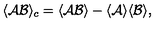
\langle { \cal A } { \cal B } \rangle _ { c } = \langle { \cal A } { \cal B } \rangle - \langle { \cal A } \rangle \langle { \cal B } \rangle ,